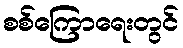
စစ်ကြောရေးတွင်